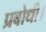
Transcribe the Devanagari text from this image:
प्रबोधी।